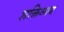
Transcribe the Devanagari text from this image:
शक्तिव्यय